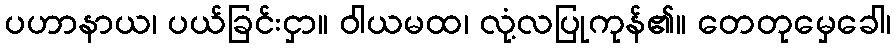
ပဟာနာယ၊ ပယ်ခြင်းငှာ။ ဝါယမထ၊ လုံ့လပြုကုန်၏။ တေတုမှေခေါ၊